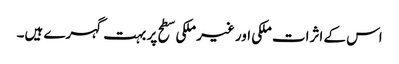
اس کے اثرات ملکی اور غیر ملکی سطح پر بہت گہرے ہیں۔